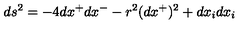
d s ^ { 2 } = - 4 d x ^ { + } d x ^ { - } - r ^ { 2 } ( d x ^ { + } ) ^ { 2 } + d x _ { i } d x _ { i }